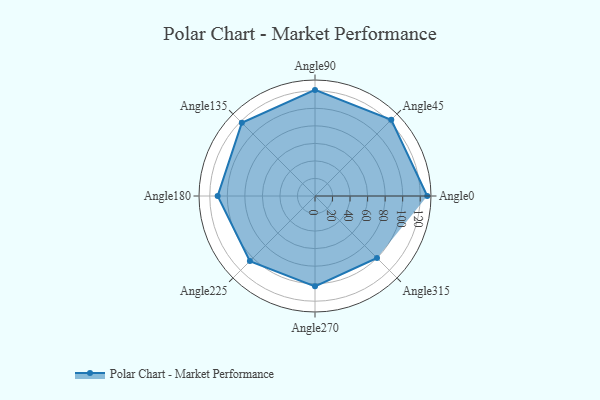
{"axis": {"x": "Angle", "y": "Radius"}, "legend": [""], "data": [{"x": "Angle0", "y": 128.0, "type": ""}, {"x": "Angle45", "y": 123.0, "type": ""}, {"x": "Angle90", "y": 121.0, "type": ""}, {"x": "Angle135", "y": 118.0, "type": ""}, {"x": "Angle180", "y": 111.0, "type": ""}, {"x": "Angle225", "y": 105.0, "type": ""}, {"x": "Angle270", "y": 103.0, "type": ""}, {"x": "Angle315", "y": 100.0, "type": ""}]}